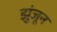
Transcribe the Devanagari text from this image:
झुंजून